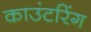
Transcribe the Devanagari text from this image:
काउंटरिंग